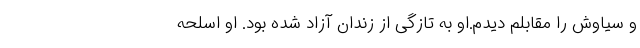
و سیاوش را مقابلم دیدم.او به تازگی از زندان آزاد شده بود. او اسلحه